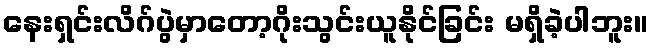
နေးရှင်းလိဂ်ပွဲမှာတော့ဂိုးသွင်းယူနိုင်ခြင်း မရှိခဲ့ပါဘူး။